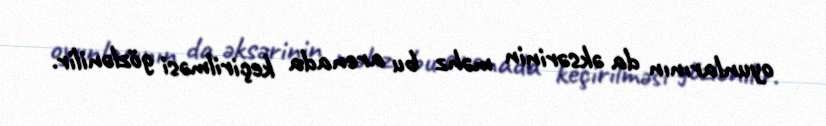
oyunlarının da əksərinin məhz bu arenada keçirilməsi gözlənilir.